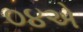
૦૪એ